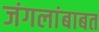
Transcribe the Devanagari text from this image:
जंगलांबाबत